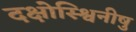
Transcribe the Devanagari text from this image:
दक्षोस्श्विनीषु